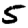
Digit: 5